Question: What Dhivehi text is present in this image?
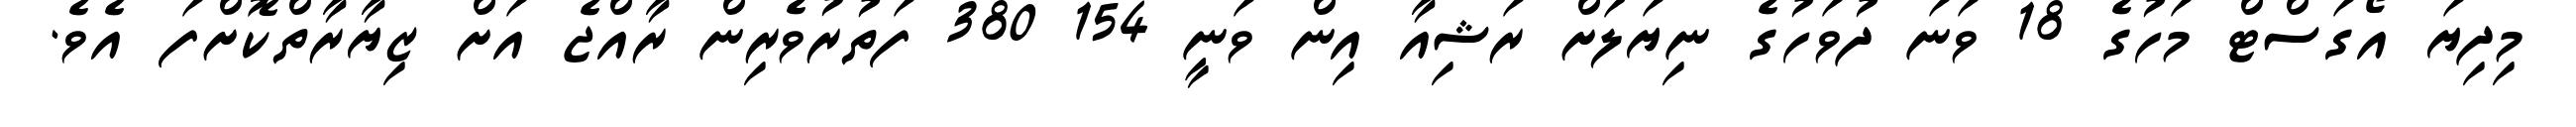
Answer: މިދިޔަ އޯގަސްޓް މަހުގެ 18 ވަނަ ދުވަހުގެ ނިޔަލަށް ރަޝިއާ އިން ވަނީ 154 380 ފަތުރުވެރިން ރާއްޖެ އަށް ޒިޔާރާތްކޮށްފަ އެވެ.